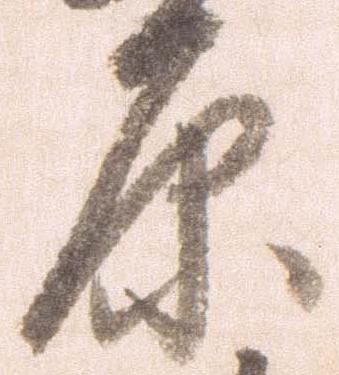
原